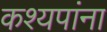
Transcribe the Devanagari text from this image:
कश्यपांना